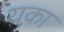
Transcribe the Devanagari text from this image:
यका